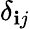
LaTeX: \delta_{\mathbf{i}j}